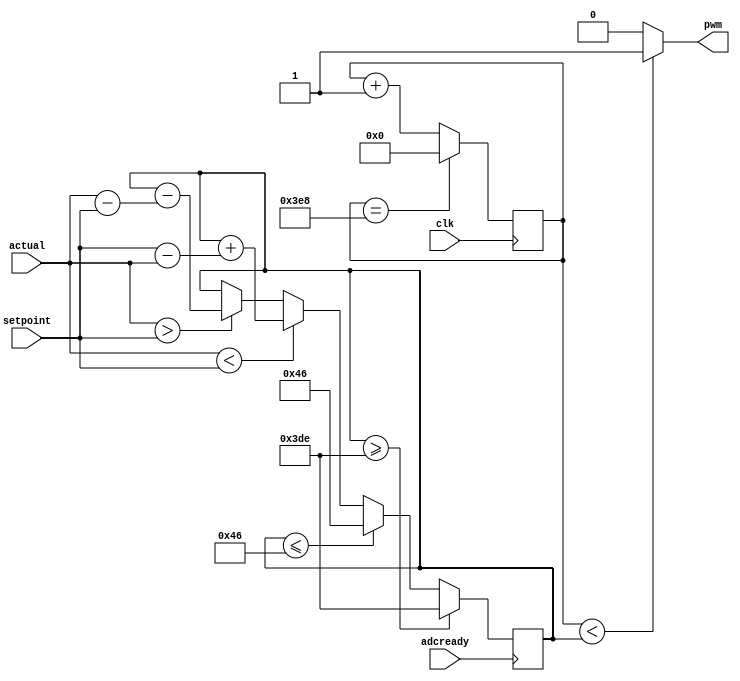
module control(clk, setpoint, actual, adcready, pwm);
				                         
	input clk;
	input [9:0] setpoint;
	input [9:0] actual;
	input adcready;
	output pwm;
					                         
	wire clk;
	wire [9:0] setpoint, actual;
	wire adcready;
	wire pwm;

        
    reg [9:0] time_on;
	reg [9:0] count;
	
	initial begin
		time_on <= 900;
		count <= 0;
	end
	
	always @(posedge clk) begin
                        
		if (count == 1000) begin
			count <= 0;
		end
		else begin
			count <= count + 1;
		end
	end
	
	assign pwm = (count < time_on) ? 1 : 0;
	
		
	always @(posedge adcready) begin                           
		                                                
		if (time_on >= 990) begin
			time_on <= 990;
		end else if (time_on <= 70) begin
			time_on <= 70;
		end else if (actual < setpoint) begin
			time_on <= time_on + (setpoint - actual);
		end else if (actual > setpoint) begin
			time_on <= time_on - (actual - setpoint);
		end
	end		 		                                               

	always @(time_on) begin
		$display("New duty cycle: %d / %f\n", time_on, (time_on * 100.0) / 1000.0);
	end

endmodule